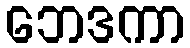
ဘေဒကာ